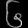
Digit: ၆